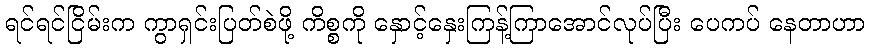
ရင်ရင်ငြိမ်းက ကွာရှင်းပြတ်စဲဖို့ ကိစ္စကို နှောင့်နှေးကြန့်ကြာအောင်လုပ်ပြီး ပေကပ် နေတာဟာ